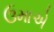
ઉમાએ